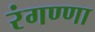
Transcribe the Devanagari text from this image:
रंगण्णा